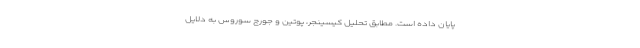
پایان داده است. مطابق تحلیل کیسینجر، پوتین و جورج سوروس به دلایل